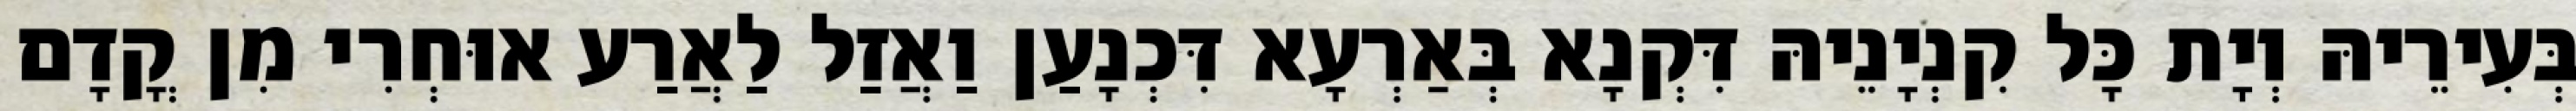
בְּעִירֵיהּ וְיָת כָּל קִנְיָנֵיהּ דִּקְנָא בְּאַרְעָא דִּכְנָעַן וַאֲזַל לַאֲרַע אוּחְרִי מִן קֳדָם